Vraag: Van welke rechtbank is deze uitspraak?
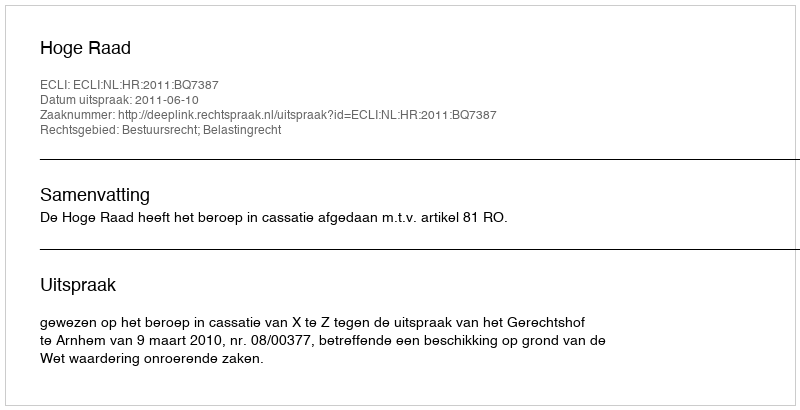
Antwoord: Hoge Raad